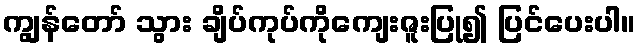
ကျွန်တော် သွား ချိပ်ကုပ်ကိုကျေးဇူးပြု၍ ပြင်ပေးပါ။